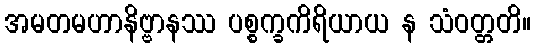
အမတမဟာနိဗ္ဗာနဿ ပစ္စက္ခကိရိယာယ န သံဝတ္တတိ။